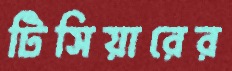
টিসিয়ারের